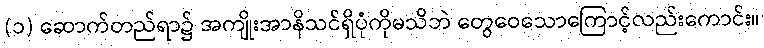
(၁) ဆောက်တည်ရာ၌ အကျိုးအာနိသင်ရှိပုံကိုမသိဘဲ တွေဝေသောကြောင့်လည်းကောင်း။